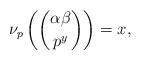
LaTeX: \begin{align*} \nu_p \left( \binom{\alpha \beta}{p^y}\right) = x,\end{align*}